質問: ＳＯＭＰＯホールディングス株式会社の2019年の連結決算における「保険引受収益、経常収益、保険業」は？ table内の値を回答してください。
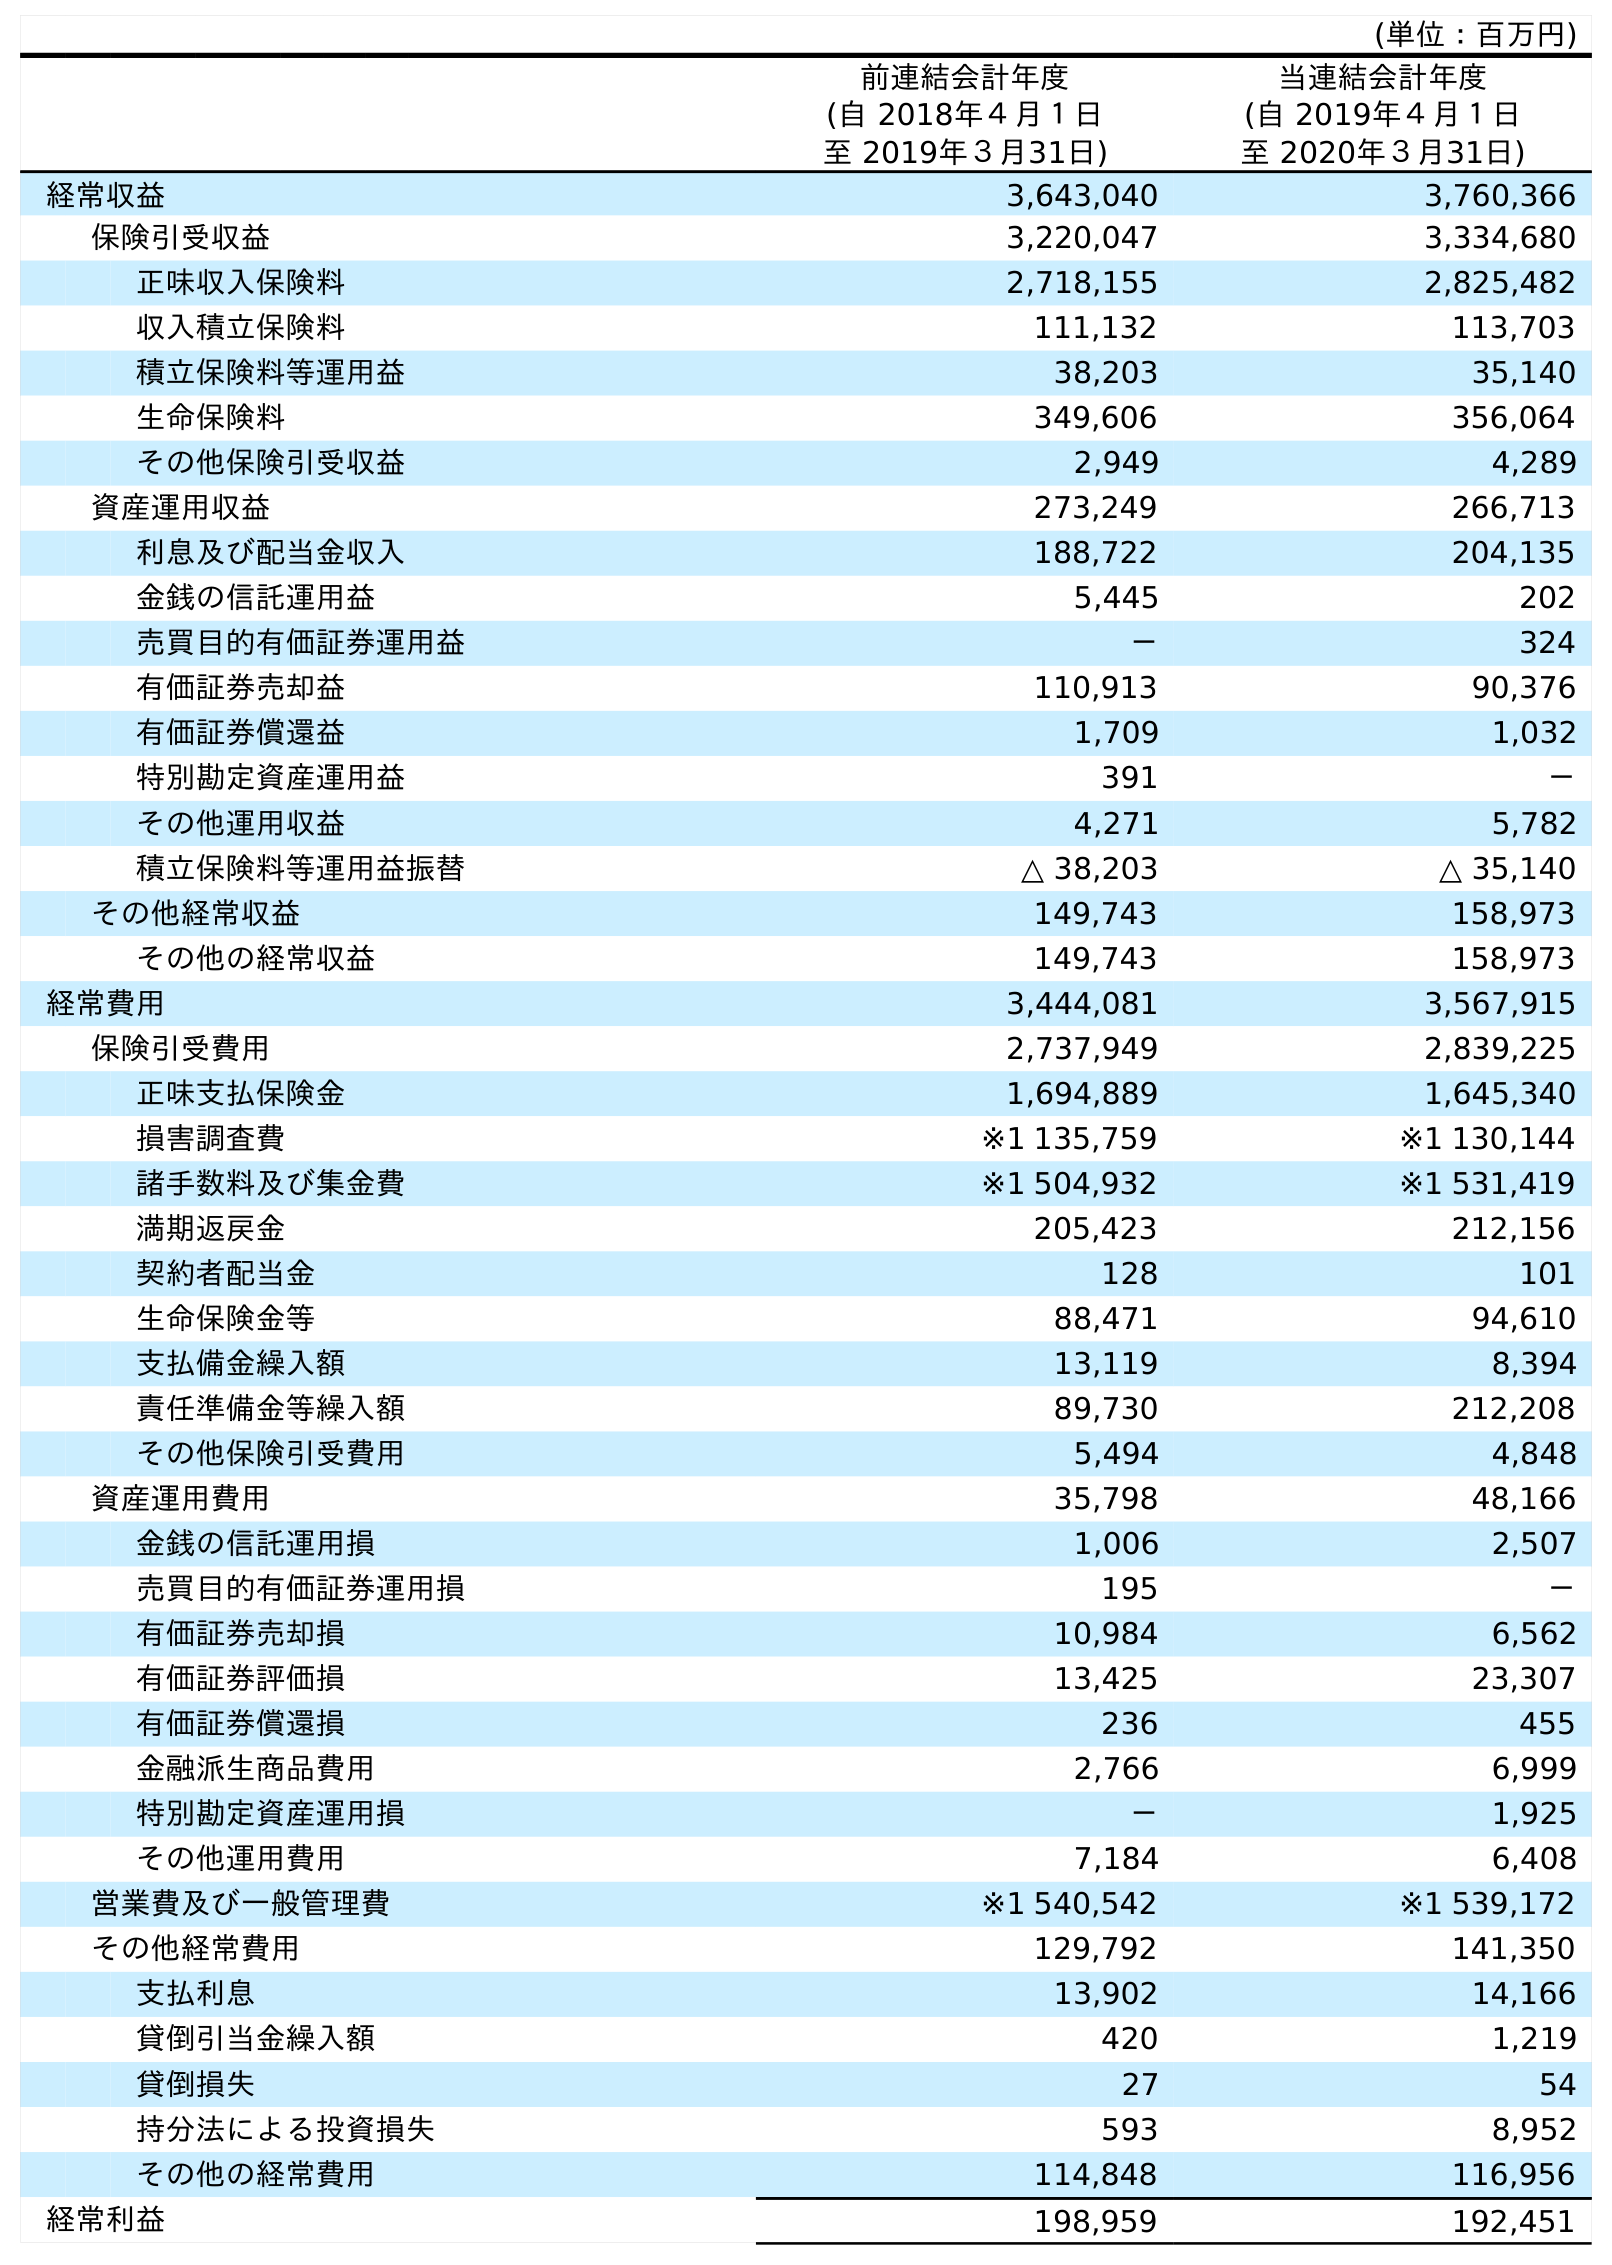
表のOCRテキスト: (単位：百万円) 前連結会計年度 (自 2018年４月１日 至 2019年３月31日) 当連結会計年度 (自 2019年４月１日 至 2020年３月31日) 経常収益 3,643,040 3,760,366 保険引受収益 3,220,047 3,334,680 正味収入保険料 2,718,155 2,825,482 収入積立保険料 111,132 113,703 積立保険料等運用益 38,203 35,140 生命保険料 349,606 356,064 その他保険引受収益 2,949 4,289 資産運用収益 273,249 266,713 利息及び配当金収入 188,722 204,135 金銭の信託運用益 5,445 202 売買目的有価証券運用益 － 324 有価証券売却益 110,913 90,376 有価証券償還益 1,709 1,032 特別勘定資産運用益 391 － その他運用収益 4,271 5,782 積立保険料等運用益振替 △ 38,203 △ 35,140 その他経常収益 149,743 158,973 その他の経常収益 149,743 158,973 経常費用 3,444,081 3,567,915 保険引受費用 2,737,949 2,839,225 正味支払保険金 1,694,889 1,645,340 損害調査費 ※1 135,759 ※1 130,144 諸手数料及び集金費 ※1 504,932 ※1 531,419 満期返戻金 205,423 212,156 契約者配当金 128 101 生命保険金等 88,471 94,610 支払備金繰入額 13,119 8,394 責任準備金等繰入額 89,730 212,208 その他保険引受費用 5,494 4,848 資産運用費用 35,798 48,166 金銭の信託運用損 1,006 2,507 売買目的有価証券運用損 195 － 有価証券売却損 10,984 6,562 有価証券評価損 13,425 23,307 有価証券償還損 236 455 金融派生商品費用 2,766 6,999 特別勘定資産運用損 － 1,925 その他運用費用 7,184 6,408 営業費及び一般管理費 ※1 540,542 ※1 539,172 その他経常費用 129,792 141,350 支払利息 13,902 14,166 貸倒引当金繰入額 420 1,219 貸倒損失 27 54 持分法による投資損失 593 8,952 その他の経常費用 114,848 116,956 経常利益 198,959 192,451
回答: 3,220,047